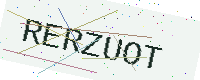
Text: RERZUOT